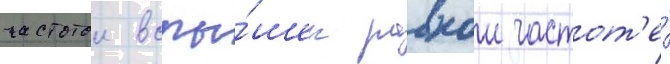
частотои вспы́шек равнои частот'е́